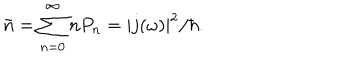
\bar { n } = \sum _ { n = 0 } ^ { \infty } n P _ { n } = | j ( \omega ) | ^ { 2 } / \hbar .